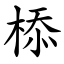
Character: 㮇